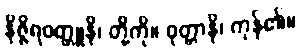
နိဇ္ဇိရဝတ္ထူနိ၊ တို့ကို။ ဝုတ္တာနိ၊ ကုန်၏။